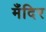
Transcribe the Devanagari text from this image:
मँदिर